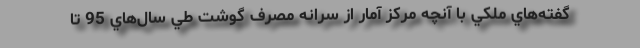
گفته‌هاي ملكي با آنچه مركز آمار از سرانه مصرف گوشت طي سال‌هاي 95 تا